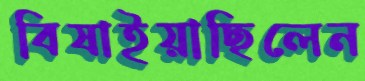
বিষাইয়াছিলেন